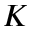
K